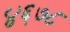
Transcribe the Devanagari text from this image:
४६७८